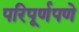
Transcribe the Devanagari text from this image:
परिपूर्णपणे